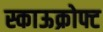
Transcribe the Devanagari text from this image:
स्काऊक्रोफ्ट